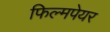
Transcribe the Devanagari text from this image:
फिल्मपेयर